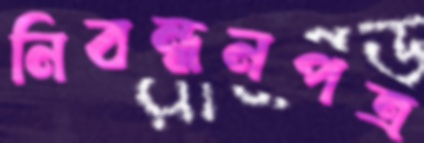
নিবন্ধনপত্র